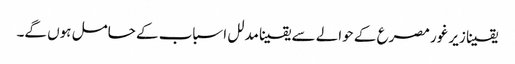
یقینا زیر غور مصرع کے حوالے سے یقینا مدلل اسباب کے حامل ہوں گے۔